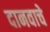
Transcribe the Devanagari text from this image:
दानवाचे